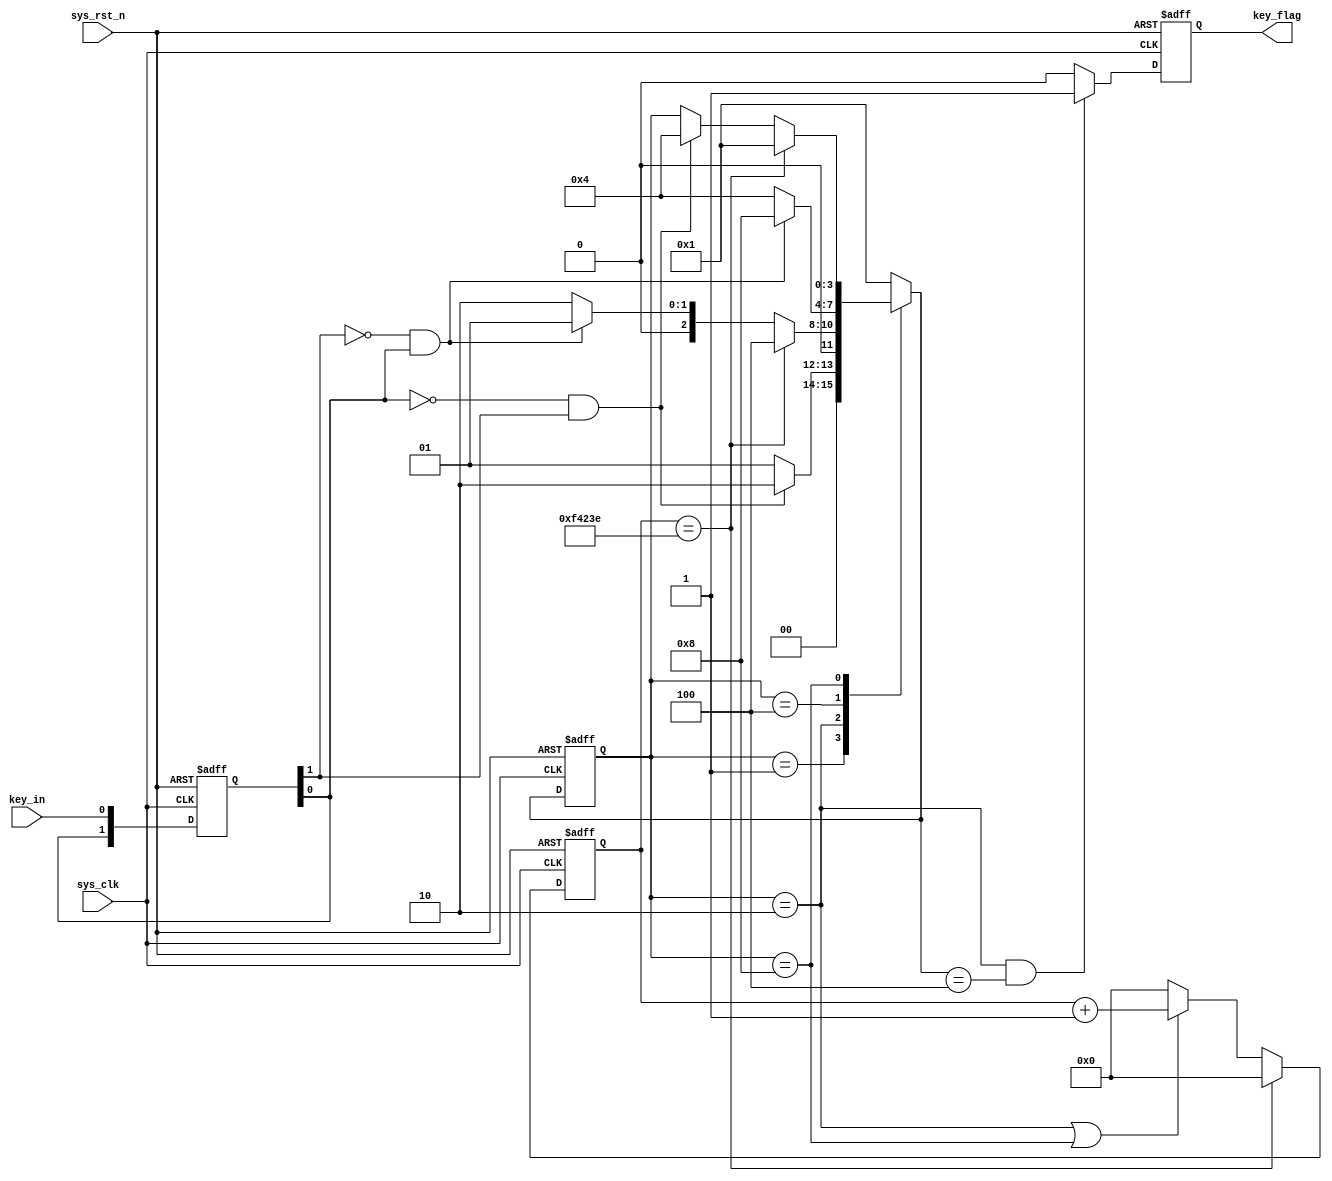

/**********************

**********************/
module key_filter (
    input wire sys_clk		,//
    input wire sys_rst_n	,//
    input wire key_in		,// 

    output reg key_flag		//
);
localparam IDLE    = 4'b0001, //
		   DOWN    = 4'b0010, //
		   HOLD    = 4'b0100, //
		   UP      = 4'b1000; //

reg      [3:0]      state_c,state_n; //

// 
reg      [01:00]        key_r; //
wire                    key_pos,key_neg; //

parameter  CNT_MAX =20'd999_999; //20ms

reg [19:0] cnt_20ms;
//
// reg key_flag;
// 20ms
always@(posedge sys_clk or negedge sys_rst_n)
    if(sys_rst_n==1'b0)
        cnt_20ms<=20'b0;
	else if(cnt_20ms == CNT_MAX - 1)
		cnt_20ms <= 20'd0;
    else if(state_c == DOWN || state_c == UP)
        cnt_20ms<=cnt_20ms+20'd1;
    else
        cnt_20ms <= 20'b0;

//
//
always @(posedge sys_clk or negedge sys_rst_n) begin
    if(!sys_rst_n)
        state_c <= IDLE;
    else
        state_c <= state_n;
end           
//
always @(*) begin
    case(state_c)
			IDLE :begin 
				if(key_neg)begin //
					state_n = DOWN;
				end
				else begin
					state_n = IDLE;
				end
			end 
			DOWN :begin 
				if(cnt_20ms==(CNT_MAX-20'd1))begin
					state_n = HOLD;
				end
				else if(key_pos) begin
					state_n = IDLE;
				end
				else begin
					state_n = DOWN;
				end
			end 
			HOLD :begin 
				if(key_pos)begin
					state_n = UP;
				end
				else begin
					state_n = HOLD;
				end
			end 
			UP   :begin 
				if(cnt_20ms==(CNT_MAX-20'd1))begin
					state_n = IDLE;
				end
				else if(key_neg)begin
					state_n = HOLD;
				end
				else begin
					state_n = state_c;
				end
			end 
			default: state_n = IDLE;
	endcase
end
always @(posedge sys_clk or negedge sys_rst_n)begin 
	if(!sys_rst_n)begin
		key_r <= 2'b11;
	end  
	else begin
		key_r <= {key_r[0],key_in}; //
	end
end

assign key_neg = ~key_r[0] & key_r[1];//
assign key_pos = ~key_r[1] & key_r[0];//

always @(posedge sys_clk or negedge sys_rst_n)begin
    if(!sys_rst_n)begin
        key_flag <= 1'b0;
    end
    else if(state_c == DOWN && state_n == HOLD)//,20ms,,
        key_flag <=   1'b1;//
    else
        key_flag <= 1'b0;
end
endmodule